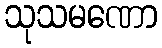
သုသမဏော